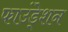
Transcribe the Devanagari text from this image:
फाउंडे्शन